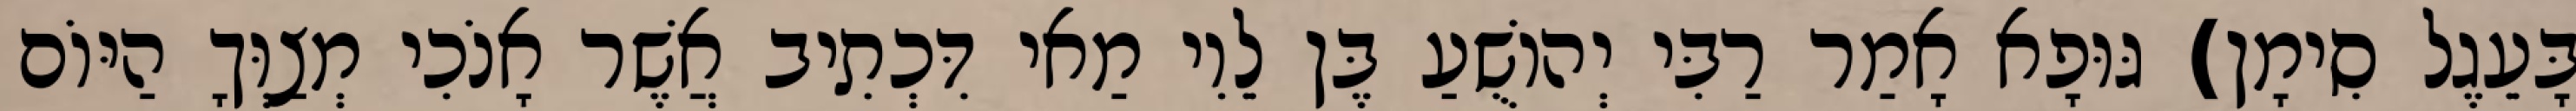
בָּעֵגֶל סִימָן) גּוּפָא אָמַר רַבִּי יְהוֹשֻׁעַ בֶּן לֵוִי מַאי דִּכְתִיב אֲשֶׁר אָנֹכִי מְצַוְּךָ הַיּוֹם